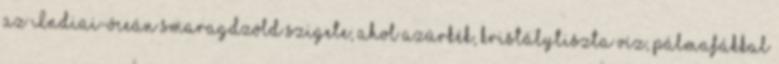
az Indiai-óceán smaragdzöld szigete, ahol azúrkék, kristálytiszta víz, pálmafákkal